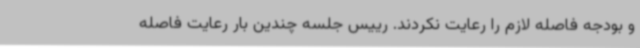
و بودجه فاصله لازم را رعایت نکردند. رییس جلسه چندین بار رعایت فاصله